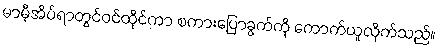
မာမီ့အိပ်ရာတွင်ဝင်ထိုင်ကာ စကားပြောခွက်ကို ကောက်ယူလိုက်သည်။